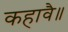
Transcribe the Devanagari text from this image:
कहावै॥